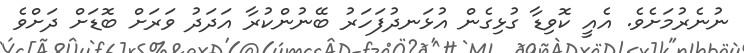
ނުނެރުމަށެވެ. އެއީ ކޮވިޑާ ގުޅިގެން އުޅަނދުފަހަރު ބޭނުންކުރާ އަދަދު ވަރަށް ބޮޑަށް ދަށްވެ